Annual report on the working of the mental hospitals in the Madras Presidency - 1912-1932
Year: 1912
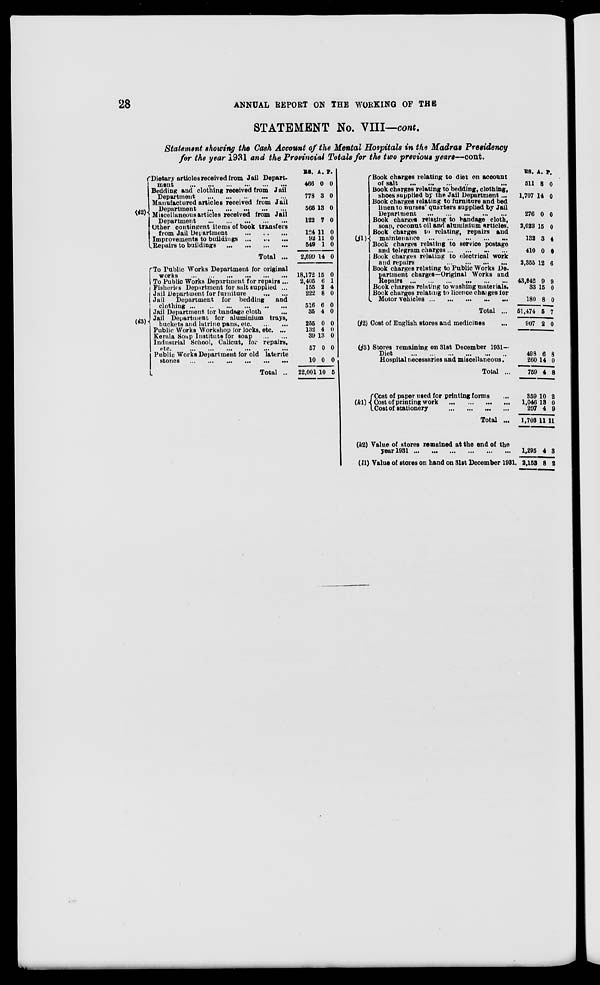
28
ANNUAL REPORT ON THE WORKING OF THE
STATEMENT No. VIII—cont.
Statement showing the Cash Account of the Mental Hospitals in the Madras Presidency
for the year 1931 and the Provincial Totals for the two previous years—cont.
(i2)
Dietary articles received from Jail Depart-
ment ... ... ... ... ... ...
Bedding and clothing received from Jail
Department ... ... ... ... ...
Manufactured articles received from Jail
Department ... ... ... ... ...
Miscellaneous articles received from Jail
Department ... ... ... ... ...
Other contingent items of book transfers
from Jail Department
...
.. .
...
Improvements to buildings
...
...
...
Repairs to buildings
...
...
...
Total ...
(i3)
To Public Works Department for original
works
...
...
...
...
...
...
To Public Works Department for repairs ...
Fisheries Department for sult supplied ...
Jail Department for furniture
...
...
Jail Department for bedding and
clothing ... ... ... ... ... ...
Jail Department for bandage cloth ...
Jail Department for aluminium trays,
buckets and latrine pans, etc . ... ... ...
Public Works Workshop for locks, etc. ...
Kerala Soap Institute for soap
Industrial School, Calicut, for repairs,
etc.
...
...
...
...
...
...
Public Works Department for old laterite
stones ... ... ... ... ...
Total ...
RS.
466
778
566
122
124
92
649
2,699
18,172
2,405
155
222
516
85
255
132
39
57
10
22,001
A.
0
3
13
7
11
11
1
14
15
6
2
8
6
4
0
4
13
0
0
10
P.
0
0
0
0
0
0
0
0
0
1
4
0
0
0
0
0
0
0
0
5
(j1)
Book charges relating to diet on aocount
of salt
...
...
...
...
Book charges relating to bedding, clothing,
shoes supplied by the Jail Department ...
Book charges relating to furniture and bed
linen to nurses' quarters supplied by Jail
Department
...
...
...
...
...
Book charges relating to bandage cloth,
soap, coconut oil and aluminium articles.
Book charges to relating, repairs and
maintenance
...
...
...
...
...
Book charges relating to service postage
and telegram charges ... ... ... ...
Book charges relating to electrical work
and repairs
...
...
...
...
...
Book charges relating to Public Works De-
partment charges—Original Works and
Repairs
...
...
...
...
...
Book charges relating to washing materials.
Book charges relating to licence charges for
Motor vehicles
...
...
...
...
Total ...
(j2) Coat of English stores and medicines
(j3) Stores remaining on 31st December 1931—
Diet
....
...
...
...
...
...
Hospital necessaries and miscellaneous.
Total ...
(k1)
Cost of paper used for printing forms ...
Cost of printing work
...
...
...
...
Cost of stationery ... ... ... ...
Total ...
(k2)
(l1)
Value of stores remained at the end of the
year 1931 ...
...
...
...
...
...
Value of stores on hand on 31st December 1931.
RS.
511
1,707
276
2,023
132
410
2,355
43,842
33
180
51,474
907
498
260
759
359
1,046
297
1,703
1,295
2,153
A.
8
14
0
15
3
0
12
9
15
8
5
2
6
14
4
10
13
4
11
4
8
P.
0
0
0
0
4
0
6
9
0
0
7
0
8
0
8
2
0
9
11
3
2